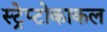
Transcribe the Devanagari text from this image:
स्ट्रेप्टोकाकल